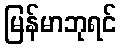
မြန်မာဘုရင်